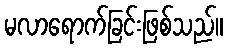
မလာရောက်ခြင်းဖြစ်သည်။